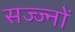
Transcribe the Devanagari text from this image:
सज्ज्नों